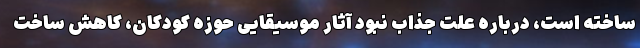
ساخته است، درباره علت جذاب نبود آثار موسیقایی حوزه کودکان، کاهش ساخت